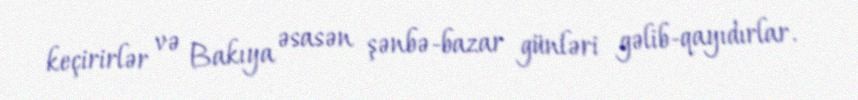
keçirirlər və Bakıya əsasən şənbə-bazar günləri gəlib-qayıdırlar.